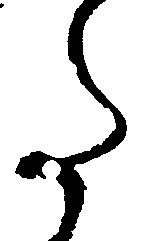
た